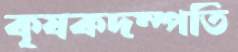
কৃষকদম্পতি